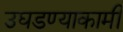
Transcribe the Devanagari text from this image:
उघडण्याकामी